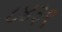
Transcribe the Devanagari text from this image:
८४३९